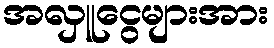
အလှူငွေများအား